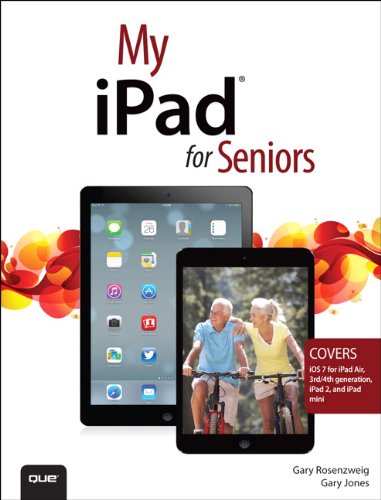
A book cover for My iPad for Seniors (covers iOS 7 on iPad Air, iPad 3rd and 4th generation, iPad2, and iPad mini); Gary Rosenzweig; Computers & Technology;